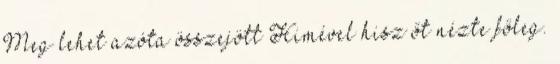
Meg lehet azóta összejött Himével hisz őt nézte főleg.